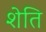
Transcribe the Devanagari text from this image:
शेति